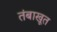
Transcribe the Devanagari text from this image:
तंबाखूत